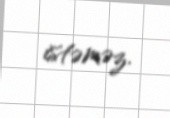
istəməz.